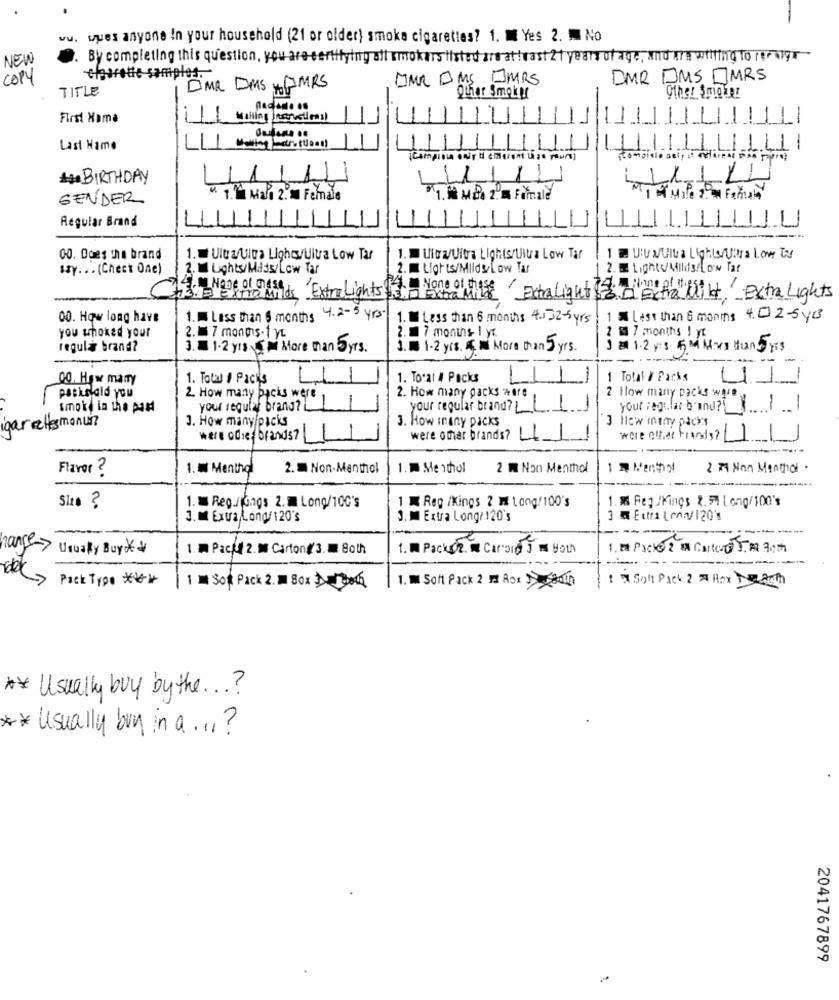
vu. vues anyone In your household (21 or older) smoke cigarettes? 1. 1 Yes 2. M No
NEW
By completing this question, you are certifying all smokers listed are atleast 21 years of age, and are willing to recalyr
COPY
charette samples.
DMR DMS JMRS
DMR DMS MRS
TITLE
DMR DMS HGMRS
Other Smoky
Other $moins
First Name
Making Instructions)
Last Name
LL
(Comprese only to cinecant Lige pours)
BIRTHDAY
1
GENDER
V. 14 Mai 2. Female
1. 1 Mia . Formale
Regular Brand
00. Does the brand
1. Ultra/Ultra LightUitra Low Tar
1. Ultra/Ultra Lights/Uitra Low Tar
UUMuita LightsUitra Low tr
14Y. . . (Chect One)
2. 1 Lights/Milds/Low Tar
2. Lights/MildsLow Tar
14. M NODE Of CASE 'EX
ids Extra Lights .
4. None of those / Extralight & d'Extra
1Amount extra Lights
00. How long have
1. Less than 6 months 4.2 - 5 yrs.
1. Less than 6 months 4. 32-5 yrs
1 X Less than 6 months 4. 02-5 yrs
you whoked your
2. 1 7 months I yt.
2.1 7 mongis-1 yL
7 months 1 yr
regul brand?
3. 1.2 yrsMore man 5yrs.
1. 1.2 yrs. More than 5 yrs.
J # 1.2 y 3 5 M Mas thans yis
00. How many
1. Total I Pacis
1. Tocar # Packs
Total / Packs
packsdid you
2. How many packs were
2 How many packs ware
2. How many backs were
smoke in the MIA
your regular brand?
your regular brand?
your Fegt.lar b'and ?!
3. How many/packs
3. How inany packs
3 How many packs
igar rettesmonun
were other brands?
were other brands?
were offer Frands?
Flavor ?
1. W Mentho
2. = Non-Menthol
1. Menthol
2 W Non Menthol
2 21 Non Menthol .
.M Feg /Kings 2. 51 Long/100's
Site 3
1. Reg./fangs 2. Long/100's
1 M Reg /Kings 2 M Long/ 100's
3. M Extra Long/120's
j. M Extra Long/ 120's
Extra (mv/ 120's
----
:-------
range Usualy Buy **
1. M Pack 2. M Carton#3. 80th
1. W Packet. a Carand J I HOLD
1. # Packe 2 MM Carter TA ach
------
Pack Type ***
1. M Soft Pack 2 m Rox can
1 7 Sont Pack 2 Hox Death
1 Soft Pack 2.1 8ox onh
** Usually buy by the ... ?
** Usually buy in a ." ?
2041767899